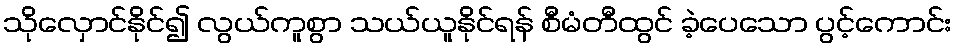
သိုလှောင်နိုင်၍ လွယ်ကူစွာ သယ်ယူနိုင်ရန် စီမံတီထွင် ခဲ့ပေသော ပွင့်ကောင်း